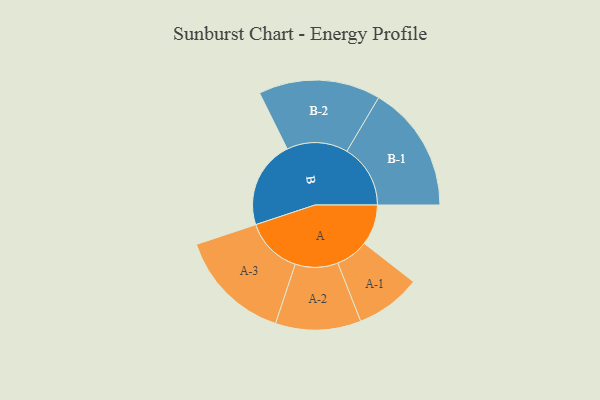
{"axis": {"x": "Segment", "y": "Value"}, "legend": ["", "A", "B"], "data": [{"x": "A", "y": 191, "type": ""}, {"x": "B", "y": 413, "type": ""}, {"x": "A-1", "y": 154, "type": "A"}, {"x": "A-2", "y": 201, "type": "A"}, {"x": "A-3", "y": 268, "type": "A"}, {"x": "B-1", "y": 299, "type": "B"}, {"x": "B-2", "y": 287, "type": "B"}]}